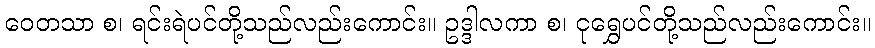
ဝေတသာ စ၊ ရင်းရဲပင်တို့သည်လည်းကောင်း။ ဥဒ္ဒါလကာ စ၊ ငုရွှေပင်တို့သည်လည်းကောင်း။